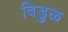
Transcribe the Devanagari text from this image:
विडुळ